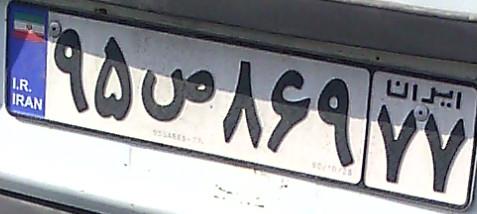
۹۵ص۸۶۹۷۷